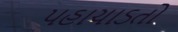
પહાચાડતો